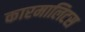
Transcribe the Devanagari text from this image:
कारमालिटस